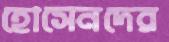
হোসেনদের